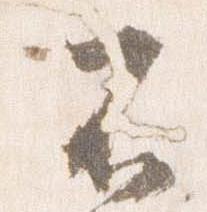
不